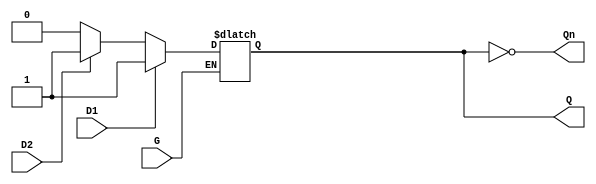
module dual_input_gated_latch (
    input wire D1,      // First data input
    input wire D2,      // Second data input
    input wire G,       // Enable signal
    output reg Q,       // Output
    output wire Qn      // Complement of the output
);

    // Assign the complement of Q
    assign Qn = ~Q;

    // Always block to implement the latch behavior
    always @(*) begin
        if (G) begin
            // When G is HIGH, sample the inputs
            if (D1) begin
                Q = 1'b1;  // Take D1 if it is HIGH
            end else if (D2) begin
                Q = 1'b1;  // Take D2 if it is HIGH
            end else begin
                Q = 1'b0;  // Both are LOW
            end
        end
        // If G is LOW, retain the last state of Q
    end

endmodule